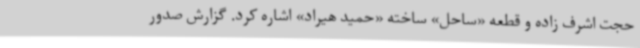
حجت اشرف زاده و قطعه «ساحل» ساخته «حمید هیراد» اشاره کرد. گزارش صدور